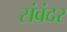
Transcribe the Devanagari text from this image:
संवंदर